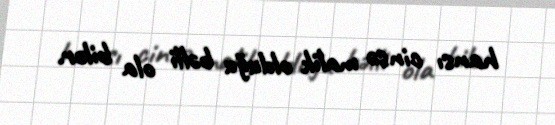
hansı cinsə malik olduğu bəlli ola bilər.